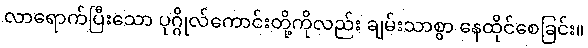
လာရောက်ပြီးသော ပုဂ္ဂိုလ်ကောင်းတို့ကိုလည်း ချမ်းသာစွာ နေထိုင်စေခြင်း။